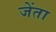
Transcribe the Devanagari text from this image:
जेंता